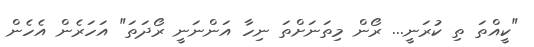
"ކީއްތަ ތި ކުރަނީ... ރޯން މިތަނަށްތަ ނިހާ އަންނަނީ ރޯދަތަ" އަހަރެން އެހެން